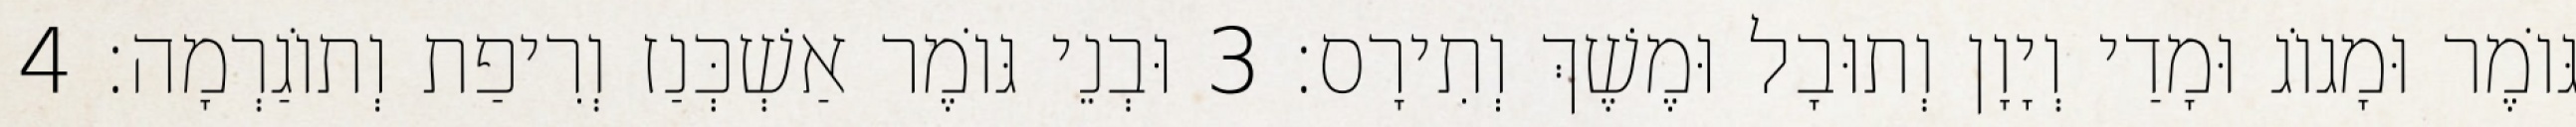
גּוֹמֶר וּמָגוֹג וּמָדַי וְיָוָן וְתוּבָל וּמֶשֶׁךְ וְתִירָס׃ 3 וּבְנֵי גּוֹמֶר אַשְׁכְּנַז וְרִיפַת וְתוֹגַרְמָה׃ 4